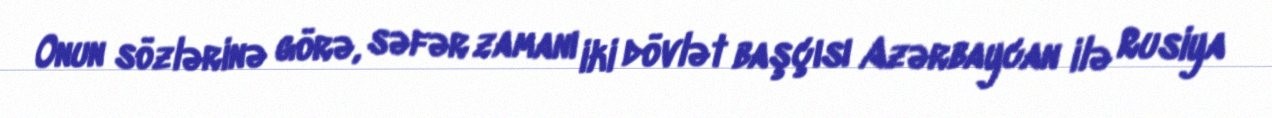
Onun sözlərinə görə, səfər zamanı iki dövlət başçısı Azərbaycan ilə Rusiya